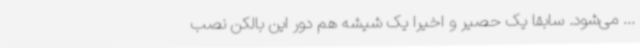
... می‌شود. سابقاً یک حصیر و اخیراً یک شیشه هم دور این بالکن نصب